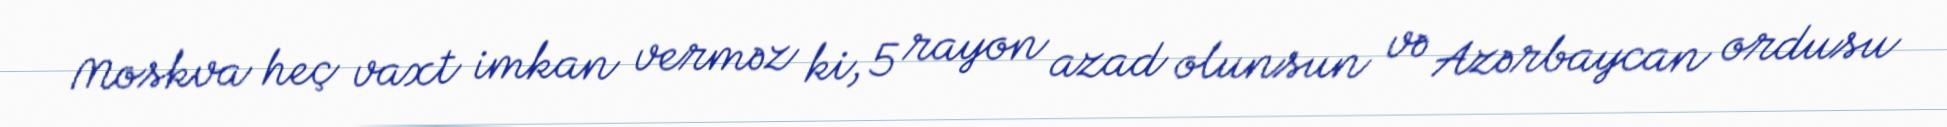
Moskva heç vaxt imkan verməz ki, 5 rayon azad olunsun və Azərbaycan ordusu